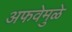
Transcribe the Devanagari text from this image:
अफवेमुळे